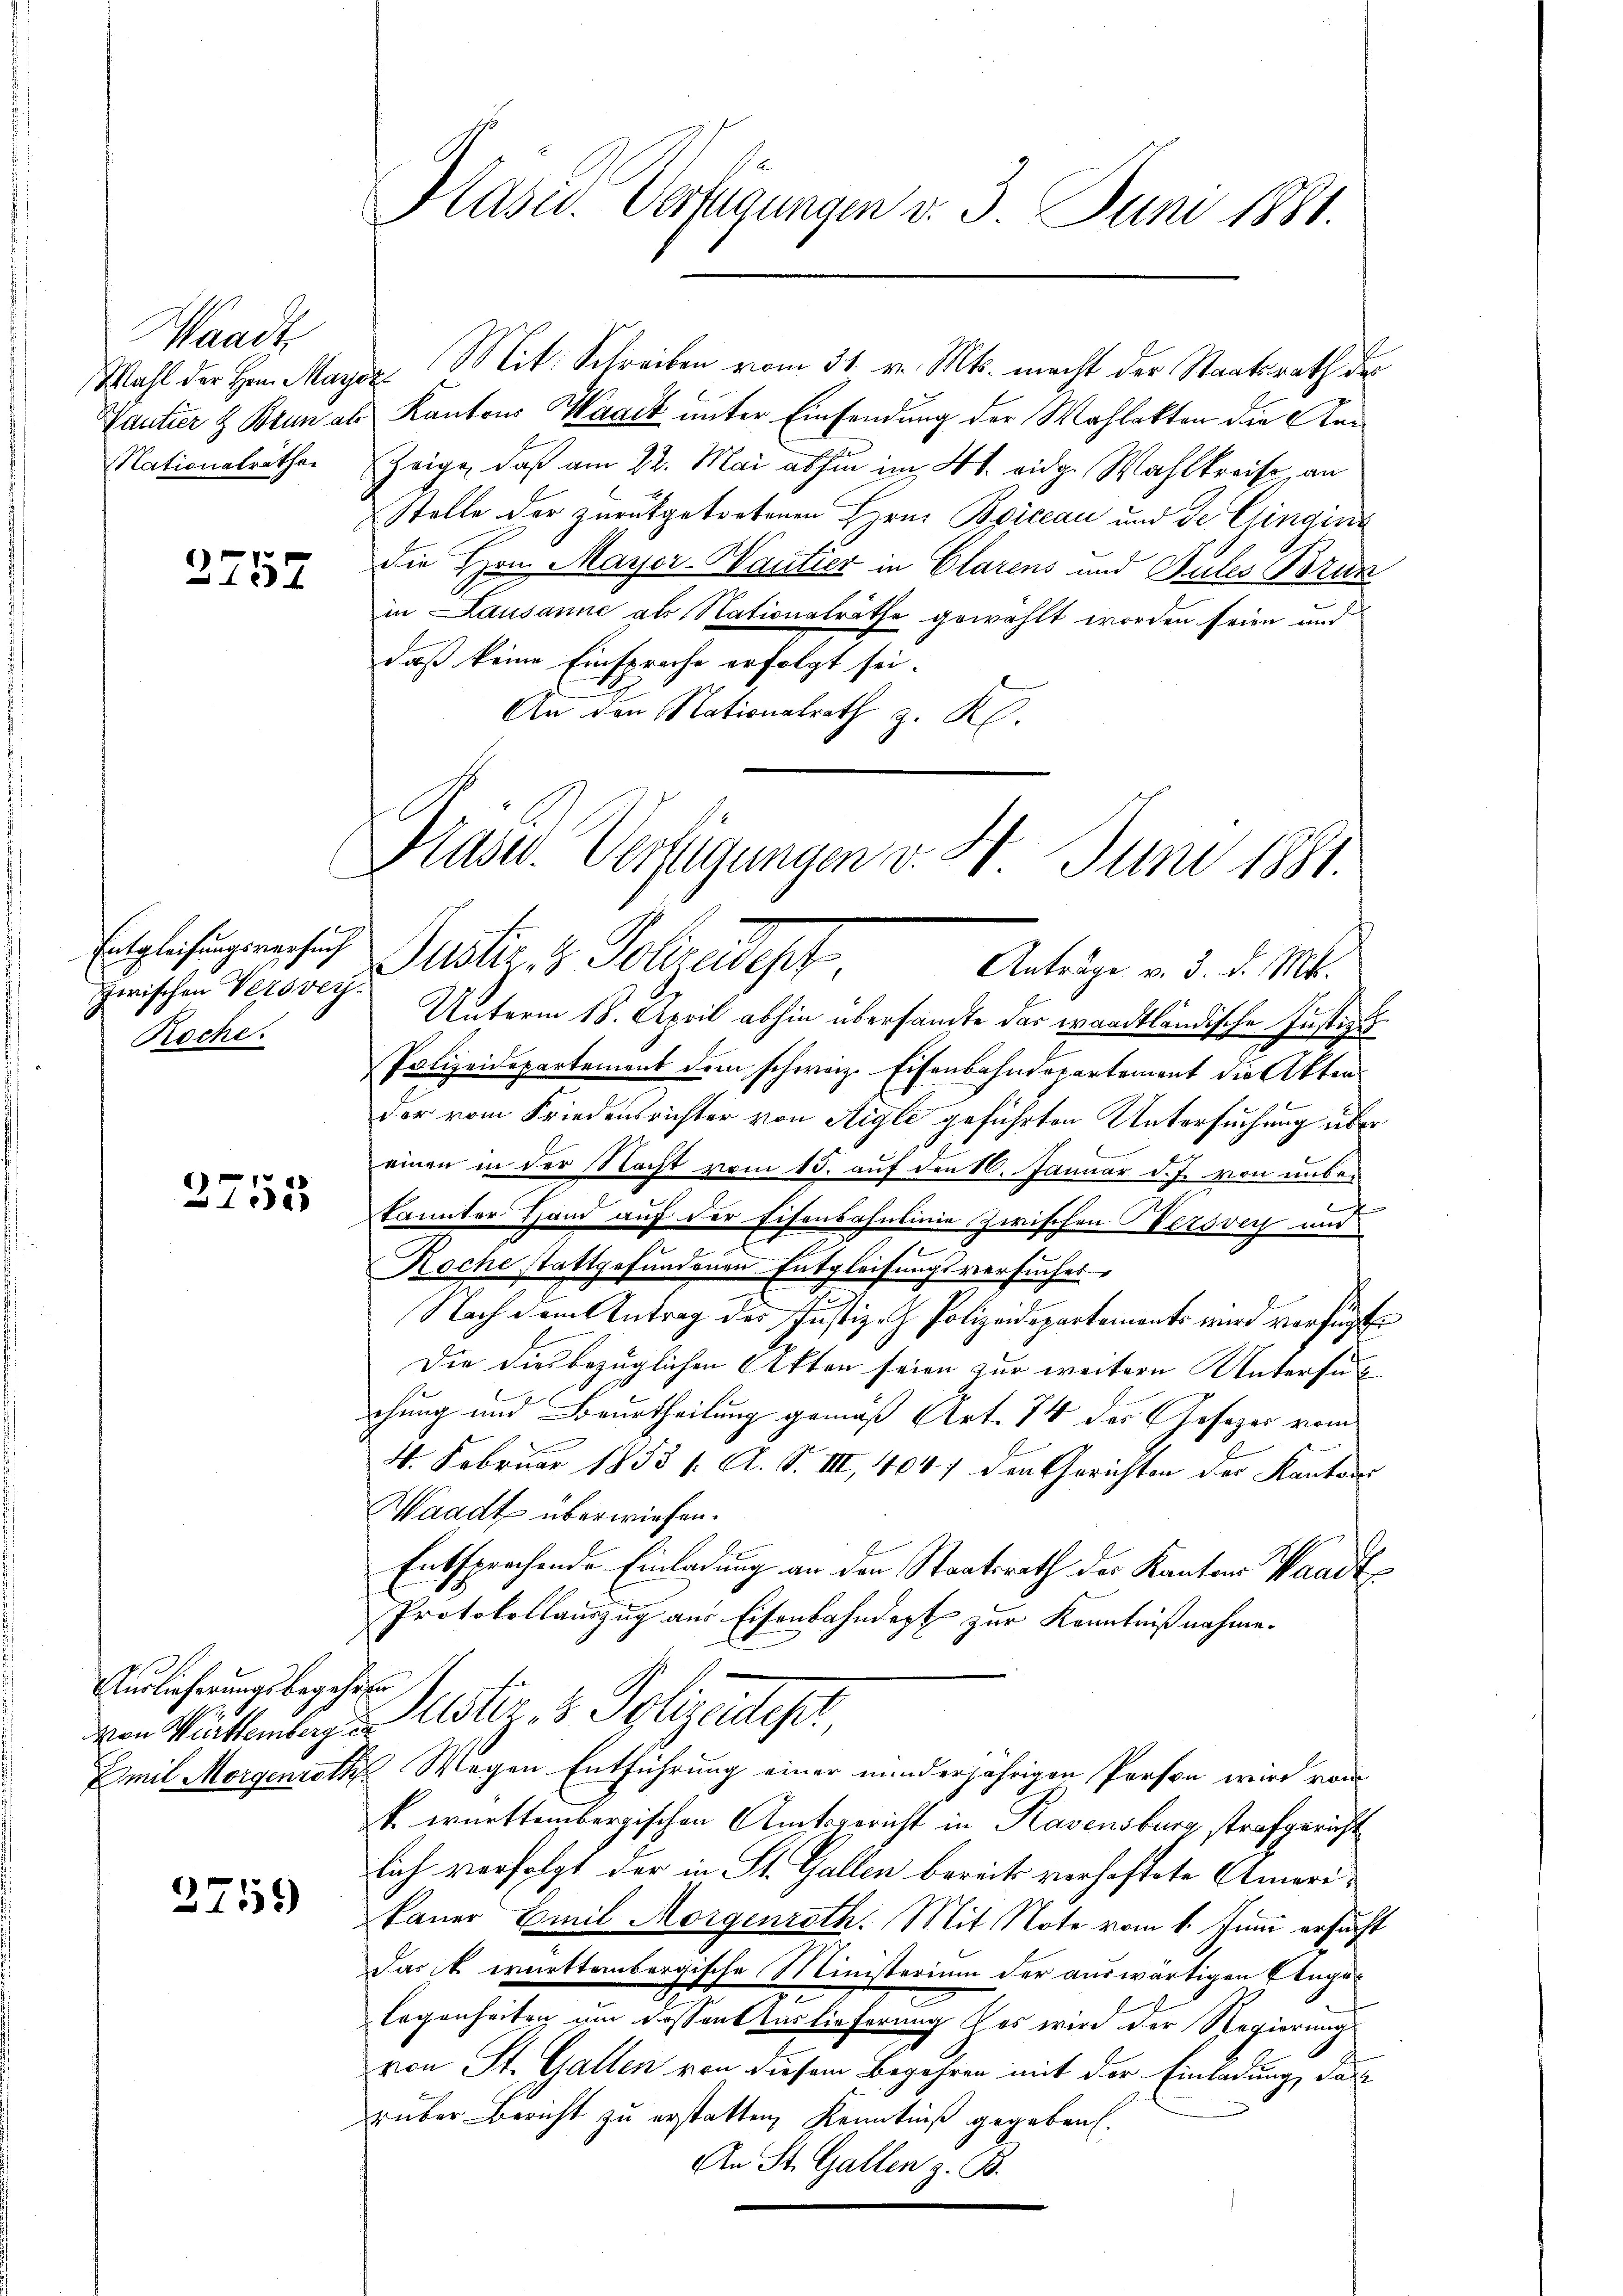
Waadt
Wahl der Herrn Mar
Nationalrathe

2757

Entgleihungsversuch
zwischen Versver¬
Roche.

2755

Aurlicherungsbegehren
von Württemberg in

2759

Pasu. Verfügungen v. 3. Juni 1881.

vor. Mit Schreiben vom 31. v. Mts. macht der Staatsrath der
Tantier & Brun als Kantons Waadt unter Einsendung der Wahlakten die An¬
Zeige, daß am 22. Mai abhin im 4 t. eidg. Wahlkreise, an
Stelle der zurückgetretenen Hrn. Boiceau und de Gingini
die Hrn. Mayor-Wantier in Clarens und Gutes Brun
in Lausanne als Nationalräthe gewählt worden seien und
daß keine Einsprache erfolgt sei.
An den Nationalrath z. K.

Präs. Vertigungen v. 4. Juni 1881.
Justiz & Polizady
Anträge v. 3. d. Mts.

Unterm 18. April abhin übersandte das waadtländische Justizuh
Polizeidepartement dem schweiz. Eisenbahndepartement die Akten
der vom Friedensrichter von Aigle geführten Untersuchung über
einen in der Nacht vom 15. auf den 10. Januar d. J. von unbekannter Hand auf der Eisenbahnlinie zwischen Versvey und
.
Roche stattgefundenen Entgleichungsversuches
Nach dem Antrag des Justiz- & Polizeidepartements wird verfügte
Die diesbezüglichen Akten seien zur weiteren Untersu
chung und Beurtheilung gemäß Art. 74 des Gesezer vom
4. Februar 1833 f. A. S. III, 4047 den Gerichten der Kantons
Waadt überwiesen.
Entsprechende Einladung an den Staatsrath der Kanton Waadt
Protokollauszug aus Eisenbahndert zur Kenntnißnahme.
Mötiz- & Polizeitet,
Emil Morgenroth Wegen Entführung einer minderjährigen Person wird vom
f württembergischen Amtsgericht in Ravensburg strafgericht
lich verfolgt der in St. Gallen bereits verhaftete Amorikauer Emil Morgenroth. Mit Note vom 1. Juni ersucht
Das k. württembergische Ministerium der auswärtigen Ange-
legenheiten im Fessenktuslieferung des wird der Regierung
von St. Gallen von diesem Begehren mit der Einladung, das
rüber Bericht zu erstatten, Kenntniß gegeben.
An St. Gallen z. B.